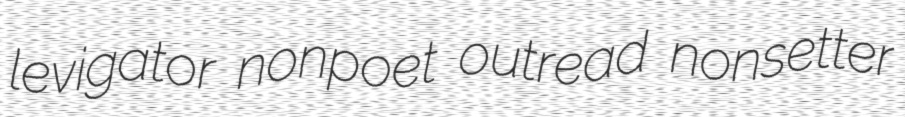
levigator nonpoet outread nonsetter